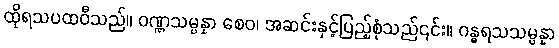
ထိုရသပထဝီသည်။ ဝဏ္ဏသမ္ပန္နာ စေဝ၊ အဆင်းနှင့်ပြည့်စုံသည်၎င်း။ ဂန္ဓရသသမ္ပန္နာ